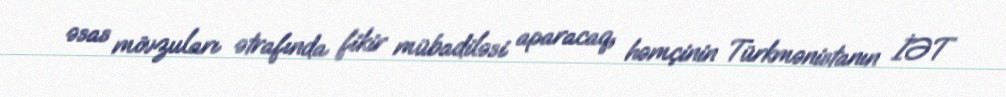
əsas mövzuları ətrafında fikir mübadiləsi aparacaq, həmçinin Türkmənistanın İƏT